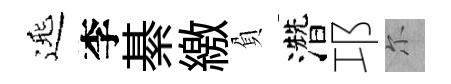
𨓱李綦繳負濳邛尓